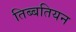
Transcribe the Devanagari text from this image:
तिब्‍बतियन